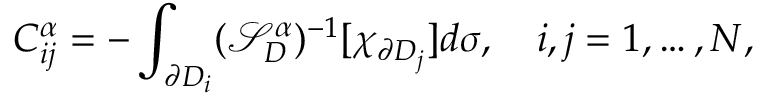
C _ { i j } ^ { \alpha } = - \int _ { \partial D _ { i } } ( \mathcal { S } _ { D } ^ { \alpha } ) ^ { - 1 } [ \chi _ { \partial D _ { j } } ] d \sigma , \quad i , j = 1 , \ldots , N ,